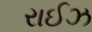
રાઈઝ